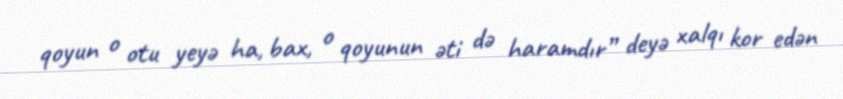
qoyun o otu yeyə ha, bax, o qoyunun əti də haramdır” deyə xalqı kor edən